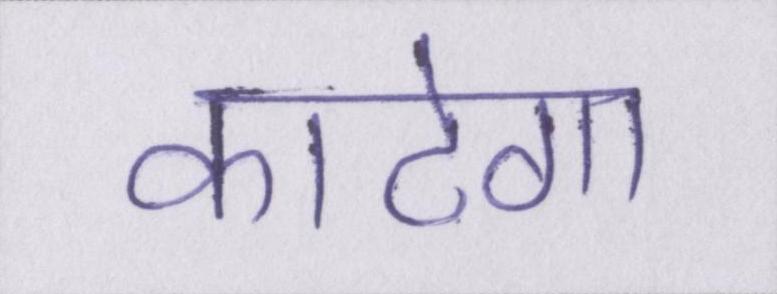
काटेगा